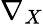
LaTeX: \nabla_{X}